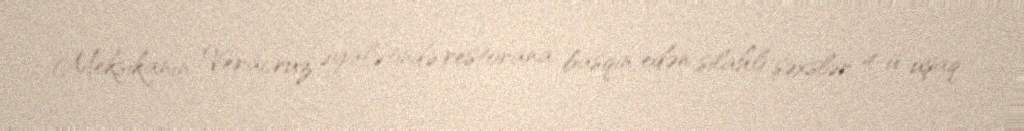
Meksikanın Veracruz əyalətində restorana basqın edən silahlı şəxslər 4-ü uşaq